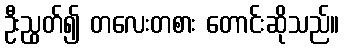
ဦးညွတ်၍ တလေးတစား တောင်းဆိုသည်။